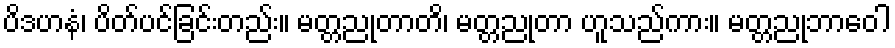
ပိဒဟနံ၊ ပိတ်ပင်ခြင်းတည်း။ မတ္တညုတာတိ၊ မတ္တညုတာ ဟူသည်ကား။ မတ္တညုဘာဝေါ